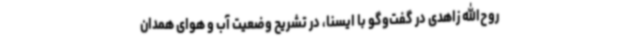
روح‌الله زاهدی در گفت‌وگو با ایسنا، در تشریح وضعیت آب و هوای همدان